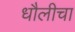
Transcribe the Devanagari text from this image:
धौलीचा